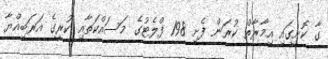
ގާ ކޮށީގައި އިމާރާތް ކުރަން ފެށި 198 ފްލެޓުގެ މަސައްކަތާއި ކުރީގެ އަރަބިއްޔާ